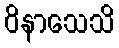
ဝိနာသေသိ